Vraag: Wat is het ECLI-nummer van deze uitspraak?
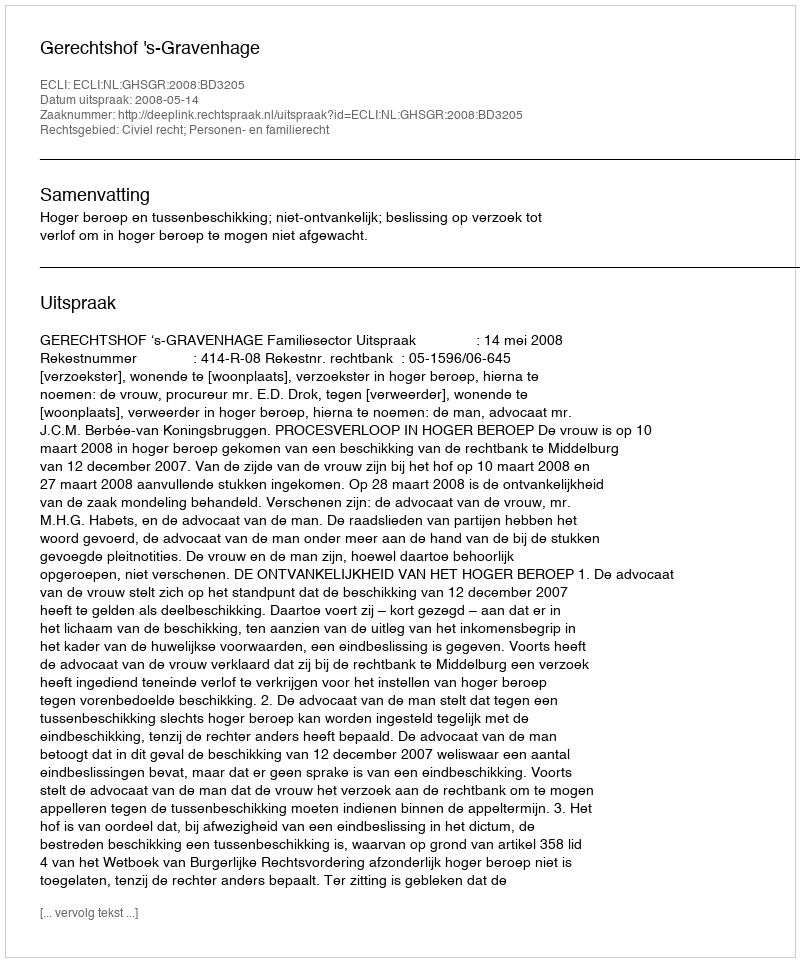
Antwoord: ECLI:NL:GHSGR:2008:BD3205